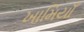
ખામિયાઁ